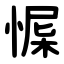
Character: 㥡